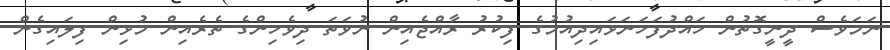
ނަމަވެސް ދީނީގޮތުން ހައްދުފަހަނަޅައިދިއުމުގެ ފިކުރު ރާއްޖެއިން ނުވަތަ ދިވެހިންގެ ތެރެއިން މުޅިން ފިލައިގެން